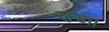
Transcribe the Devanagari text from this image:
ल़डा।